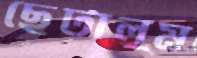
ছেটালুম